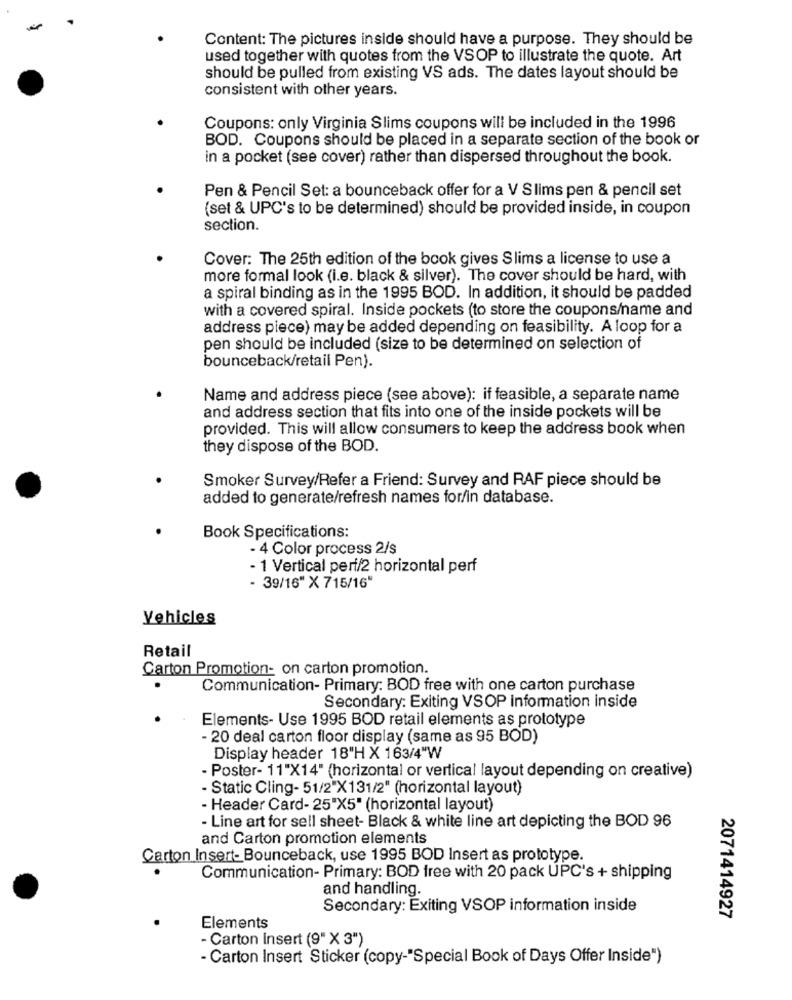
Content: The pictures inside should have a purpose. They should be
used together with quotes from the VSOP to illustrate the quote. Art
should be pulled from existing VS ads. The dates layout should be
consistent with other years.
Coupons: only Virginia Slims coupons will be included in the 1996
BOD. Coupons should be placed in a separate section of the book or
in a pocket (see cover) rather than dispersed throughout the book.
Pen & Pencil Set: a bounceback offer for a V Slims pen & pencil set
(set & UPC's to be determined) should be provided inside, in coupon
section.
Cover: The 25th edition of the book gives Slims a license to use a
more formal look (i.e. black & silver). The cover should be hard, with
a spiral binding as in the 1995 BOD. In addition, it should be padded
with a covered spiral. Inside pockets (to store the coupons/name and
address piece) may be added depending on feasibility. A loop for a
pen should be included (size to be determined on selection of
bounceback/retail Pen).
Name and address piece (see above): if feasible, a separate name
and address section that fits into one of the inside pockets will be
provided. This will allow consumers to keep the address book when
they dispose of the BOD.
Smoker Survey/Refer a Friend: Survey and RAF piece should be
added to generate/refresh names for/in database.
Book Specifications:
- 4 Color process 2/s
- 1 Vertical peri/2 horizontal perf
- 39/16" X 715/16"
Vehicles
Retail
Carton Promotion- on carton promotion.
Communication- Primary: BOD free with one carton purchase
Secondary: Exiting VSOP information inside
Elements- Use 1995 BOD retail elements as prototype
- 20 deal carton floor display (same as 95 BOD)
Display header 18"H X 163/4"W
- Poster- 11"X14" (horizontal or vertical layout depending on creative)
- Static Cling- 51/2"X131/2" (horizontal layout)
- Header Card- 25'X5" (horizontal layout)
- Line art for sell sheet- Black & white line art depicting the BOD 96
and Carton promotion elements
Carton Insert- Bounceback, use 1995 BOD Insert as prototype.
Communication- Primary: BOD free with 20 pack UPC's + shipping
and handling.
Secondary: Exiting VSOP information inside
2071414927
Elements
- Carton Insert (9" X 3")
- Carton Insert Sticker (copy-"Special Book of Days Offer Inside")